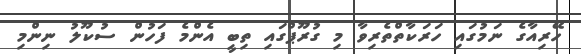
ހޭރިއާގެ ނަމުގައި ހަރަކާތްތެރިވާ މި ގުރޫޕްގައި ތިބީ އެންމެ ފަހުން ސުކޫލު ނިންމި